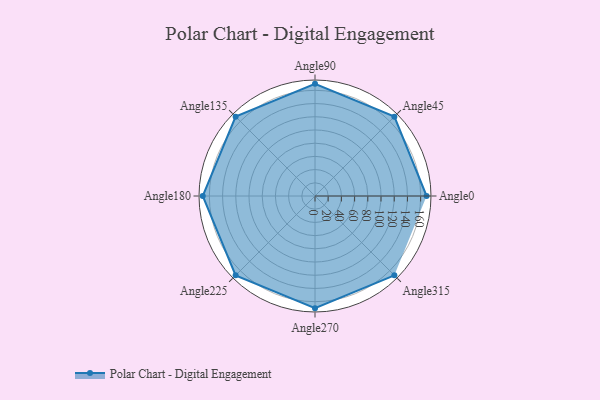
{"axis": {"x": "Angle", "y": "Radius"}, "legend": [""], "data": [{"x": "Angle0", "y": 169.0, "type": ""}, {"x": "Angle45", "y": 170, "type": ""}, {"x": "Angle90", "y": 170.0, "type": ""}, {"x": "Angle135", "y": 170, "type": ""}, {"x": "Angle180", "y": 170, "type": ""}, {"x": "Angle225", "y": 170, "type": ""}, {"x": "Angle270", "y": 170, "type": ""}, {"x": "Angle315", "y": 170, "type": ""}]}